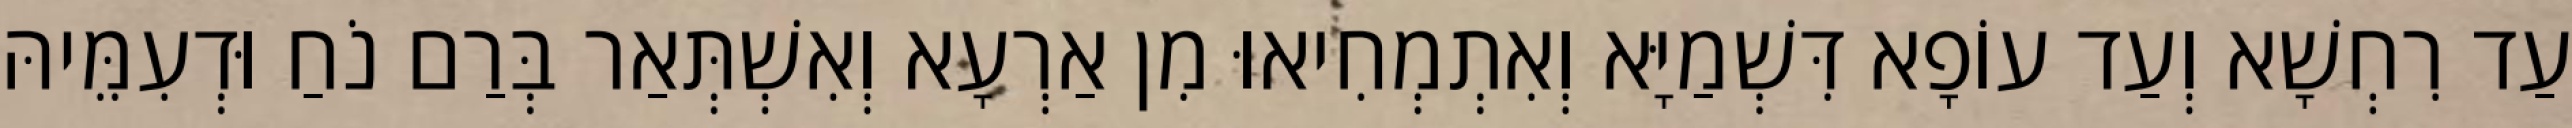
עַד רִחְשָׁא וְעַד עוֹפָא דִּשְׁמַיָּא וְאִתְמְחִיאוּ מִן אַרְעָא וְאִשְׁתְּאַר בְּרַם נֹחַ וּדְעִמֵּיהּ